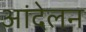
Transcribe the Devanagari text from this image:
आंदेलन